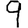
Digit: 9